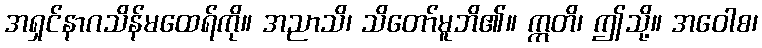
အရှင်နာဂသိန်မထေရ်ကို။ အညာသိ၊ သိတော်မူဘိ၏။ ဣတိ၊ ဤသို့။ အဝေါစ၊